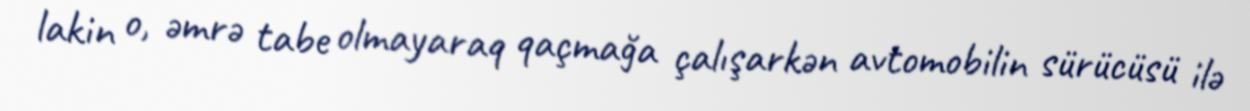
lakin o, əmrə tabe olmayaraq qaçmağa çalışarkən avtomobilin sürücüsü ilə